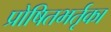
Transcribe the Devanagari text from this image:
प्रोषितभर्तृका